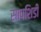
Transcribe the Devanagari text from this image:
सापशिडी